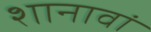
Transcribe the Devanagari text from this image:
शानावां